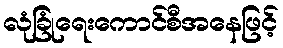
လုံခြုံရေးကောင်စီအနေဖြင့်